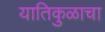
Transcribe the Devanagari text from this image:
यातिकुळाचा